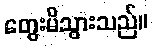
တွေးမိသွားသည်။